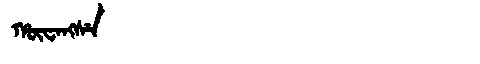
Manchu: ᡥᡡᠸᠠᠩᠰᡝ
Romanization: HŪWANGSE